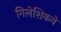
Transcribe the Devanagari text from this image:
गिलेशिकवे